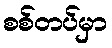
စစ်တပ်မှာ